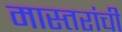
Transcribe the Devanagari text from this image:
मास्तरांची